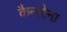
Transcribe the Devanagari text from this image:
कैन्तोना